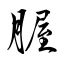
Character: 腛